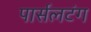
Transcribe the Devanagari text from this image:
पार्सलटंग